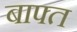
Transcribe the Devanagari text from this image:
बाफ्त